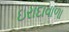
ઇરાદાવાળા